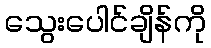
သွေးပေါင်ချိန်ကို